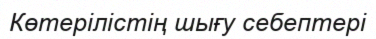
Көтерілістің шығу себептері